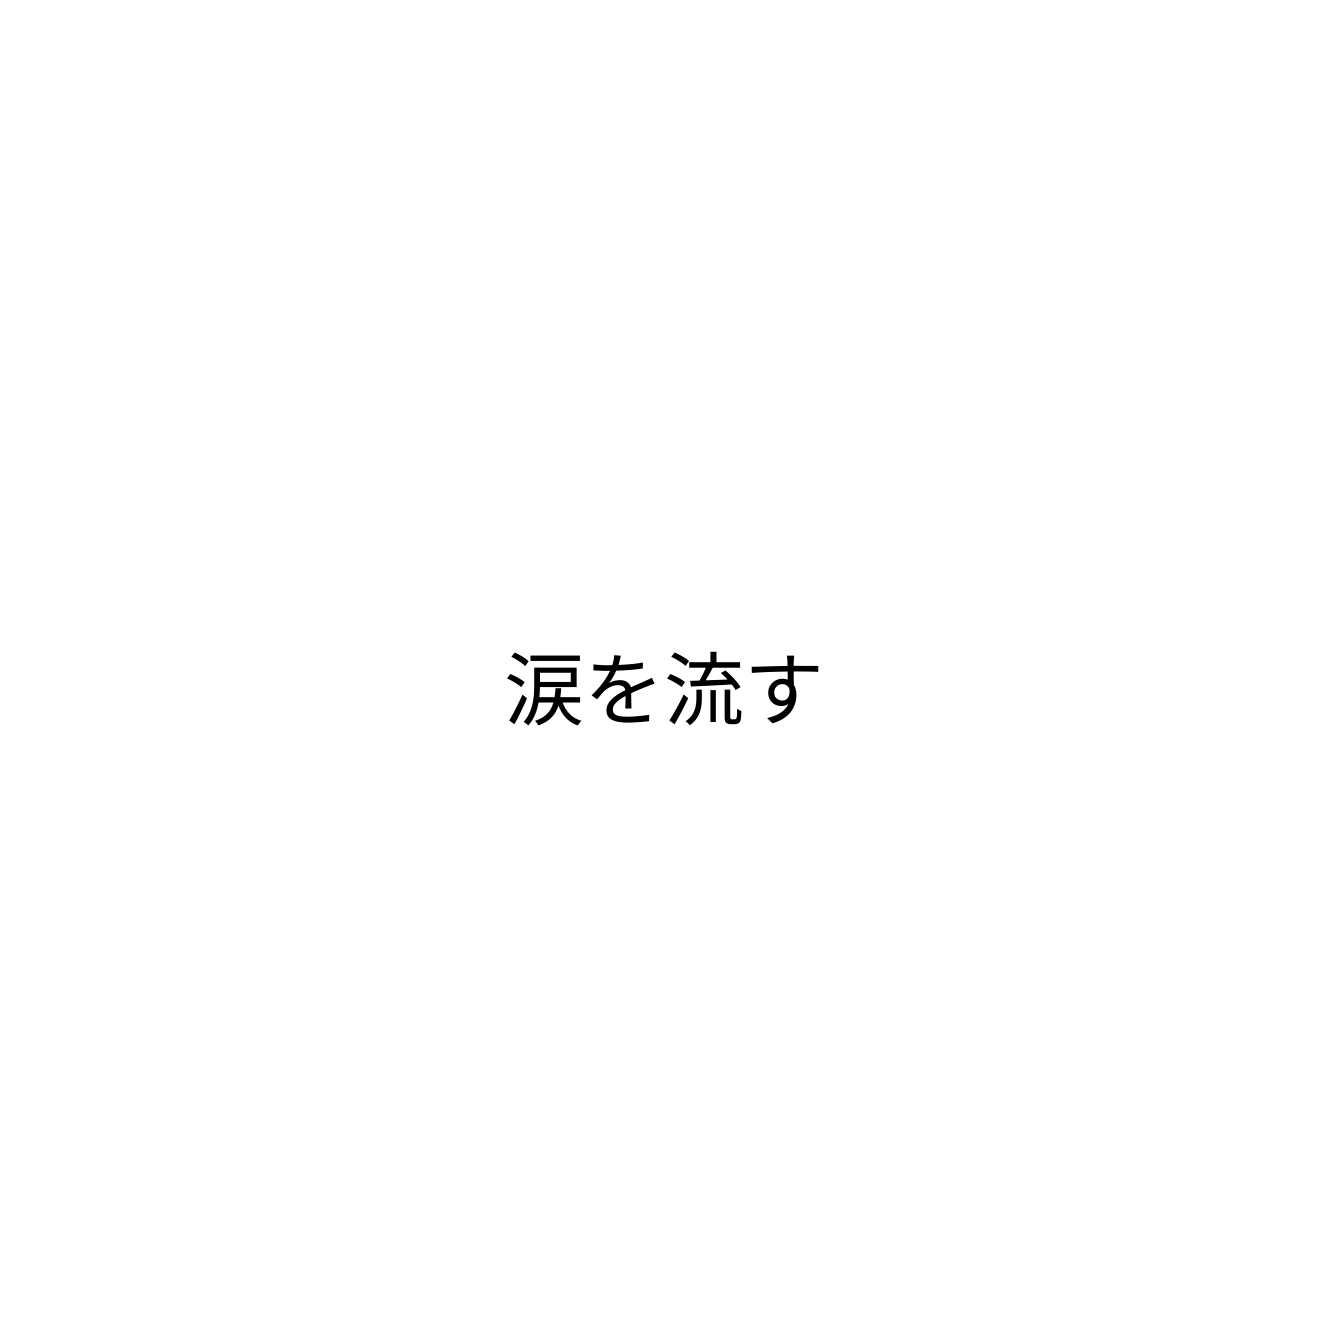
涙を流す